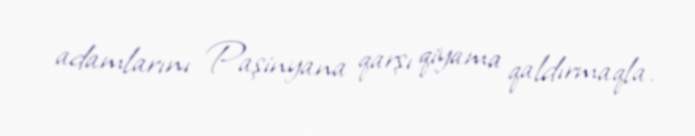
adamlarını Paşinyana qarşı qiyama qaldırmaqla.